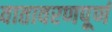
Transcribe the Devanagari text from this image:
वातावरणपूर्ण